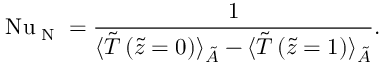
\ifmmode \mathrm { N u } _ { \textrm { N } } \else \mathrm { N u } _ { \textrm { N } } \fi = \frac { 1 } { \langle \tilde { T } \left( \tilde { z } = 0 \right) \rangle _ { \tilde { A } } - \langle \tilde { T } \left( \tilde { z } = 1 \right) \rangle _ { \tilde { A } } } .